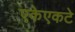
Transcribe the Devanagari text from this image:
एकेएकटे